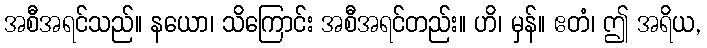
အစီအရင်သည်။ နယော၊ သိကြောင်း အစီအရင်တည်း။ ဟိ၊ မှန်။ ဧတံ၊ ဤ အရိယ,